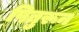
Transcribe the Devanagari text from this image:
पितुरून